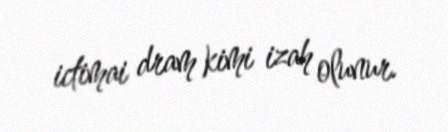
ictimai dram kimi izah olunur.